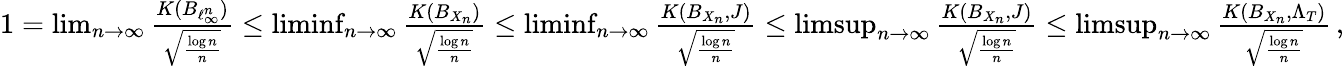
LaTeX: \begin{array}{r}{1=\operatorname*{lim}_{n\to\infty}\frac{K(B_{\ell_{\infty}^{n}})}{\sqrt{\frac{\log n}{n}}}\leq\operatorname*{liminf}_{n\to\infty}\frac{K(B_{X_{n}})}{\sqrt{\frac{\log n}{n}}}\leq\operatorname*{liminf}_{n\to\infty}\frac{K(B_{X_{n}},J)}{\sqrt{\frac{\log n}{n}}}\leq\operatorname*{limsup}_{n\to\infty}\frac{K(B_{X_{n}},J)}{\sqrt{\frac{\log n}{n}}}\leq\operatorname*{limsup}_{n\to\infty}\frac{K(B_{X_{n}},\Lambda_{T})}{\sqrt{\frac{\log n}{n}}}\, ,}\end{array}